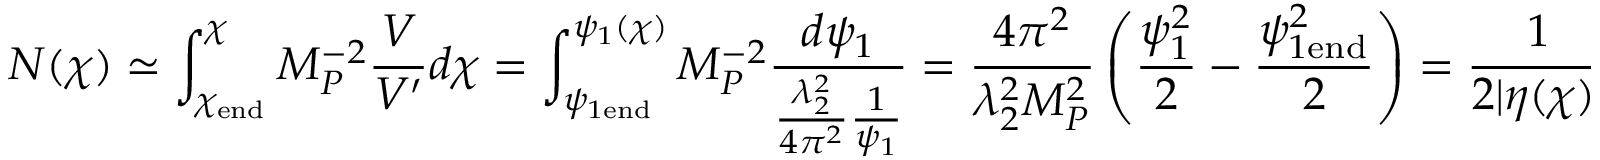
N ( \chi ) \simeq \int _ { \chi _ { \mathrm { e n d } } } ^ { \chi } M _ { P } ^ { - 2 } \frac { V } { V ^ { \prime } } d \chi = \int _ { \psi _ { 1 \mathrm { e n d } } } ^ { \psi _ { 1 } ( \chi ) } M _ { P } ^ { - 2 } \frac { d \psi _ { 1 } } { \frac { \lambda _ { 2 } ^ { 2 } } { 4 \pi ^ { 2 } } \frac { 1 } { \psi _ { 1 } } } = \frac { 4 \pi ^ { 2 } } { \lambda _ { 2 } ^ { 2 } M _ { P } ^ { 2 } } \left( \frac { \psi _ { 1 } ^ { 2 } } { 2 } - \frac { \psi _ { 1 \mathrm { e n d } } ^ { 2 } } { 2 } \right) = \frac { 1 } { 2 | \eta ( \chi ) | } - \frac { 1 } { 2 | \eta _ { \mathrm { e n d } } | } \; ,